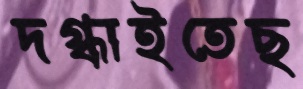
দগ্ধাইতেছ